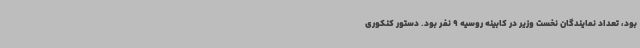
بود، تعداد نمایندگان نخست وزیر در کابینه روسیه 9 نفر بود. دستور کنکوری